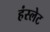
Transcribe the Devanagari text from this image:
हंस्लेट